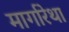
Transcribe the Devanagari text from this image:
मार्गारेथा